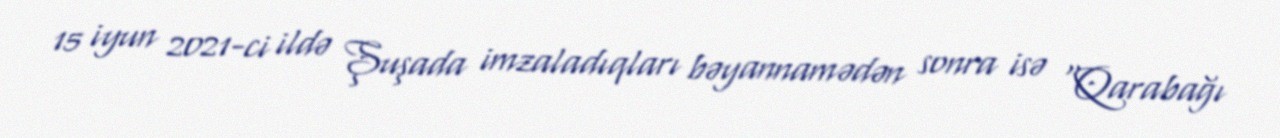
15 iyun 2021-ci ildə Şuşada imzaladıqları bəyannamədən sonra isə “Qarabağı